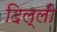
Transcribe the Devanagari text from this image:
दिल्‌ली